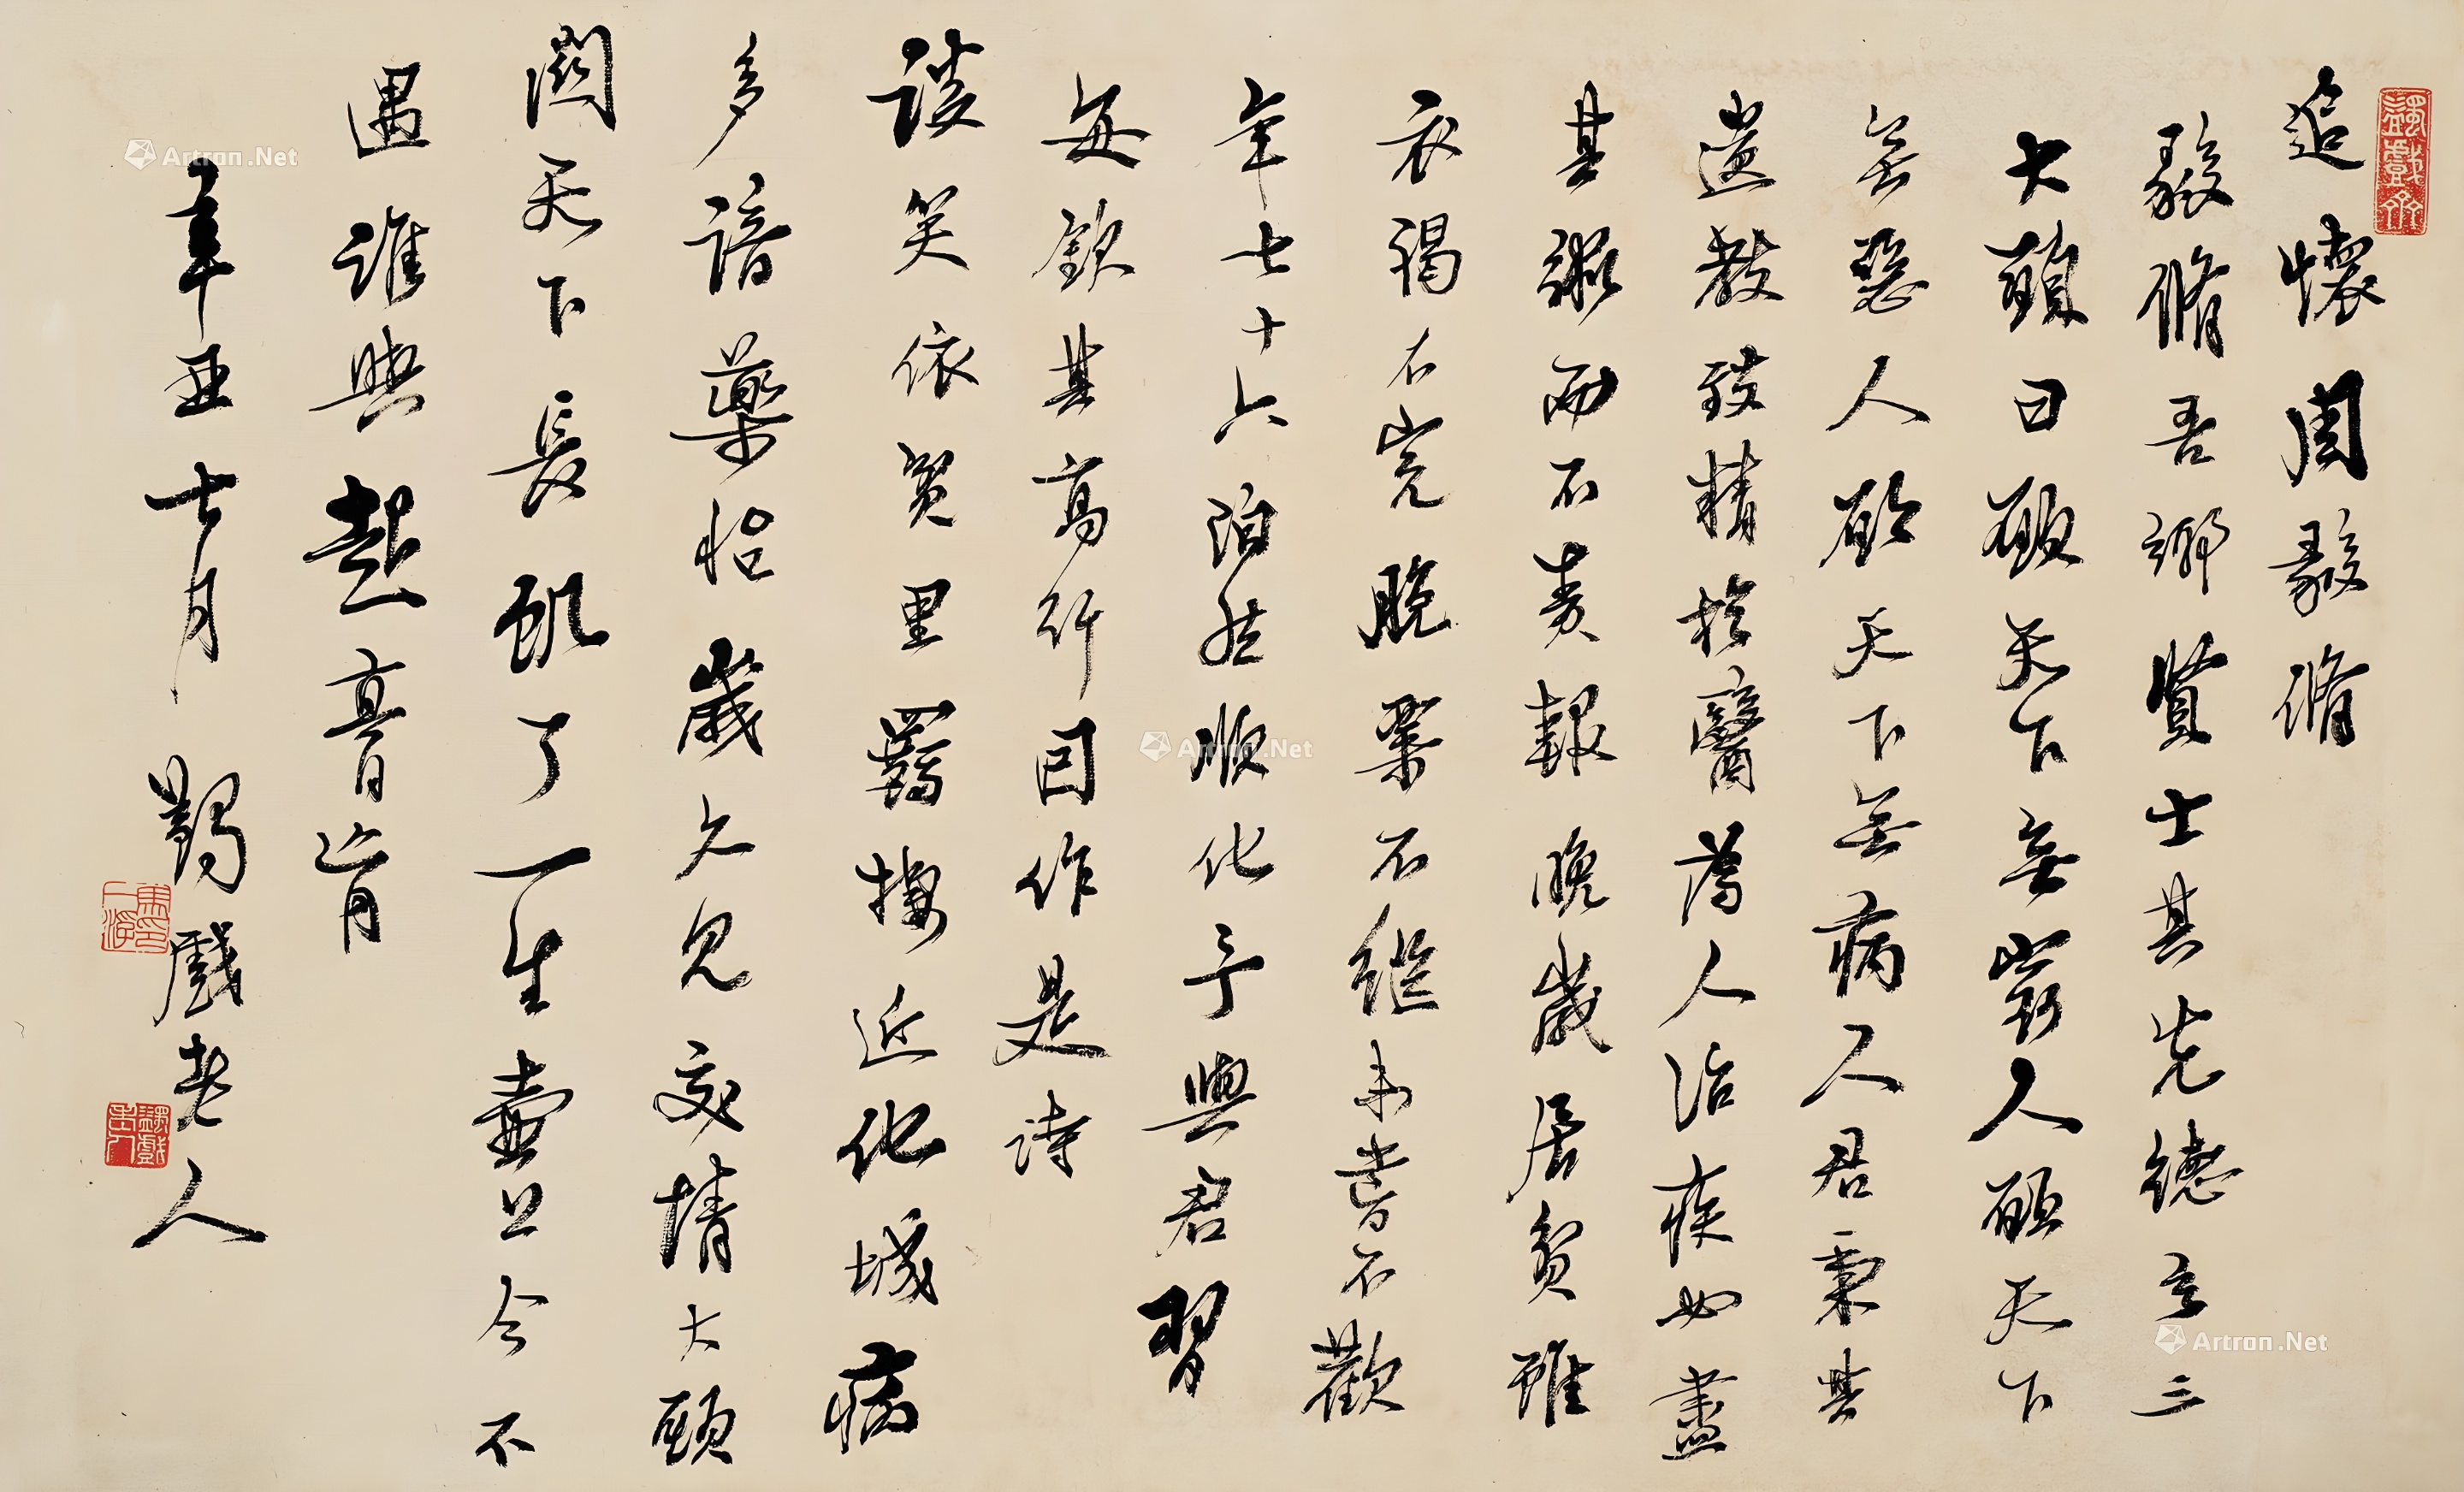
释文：追怀周毅修。毅修吾乡贤士，其先德有三大愿曰：愿天下无穷人，愿天下无恶人，愿天下无病人。君秉其遗教，致精于医，为人治疾，必尽其术，而不责报。晚岁居贫，虽衣褐不完，脱粟不继，未尝不欢。年七十六泊然顺化。予与君习，每钦其高行，因作是诗：谈笑依贫里，羁栖近化城。病多谙药性，岁久见交情。大愿关天下，长饥了一生。壶公今不遇，谁与起膏育。辛酉七月，蠲戏老人。